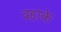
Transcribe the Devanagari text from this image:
दहाके